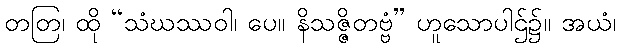
တတြ၊ ထို “သံဃဿဝါ၊ ပေ။ နိသဇ္ဇိတဗ္ဗံ” ဟူသောပါဌ်၌။ အယံ၊